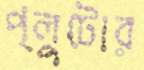
প্লুটোর